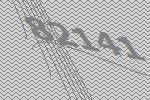
82141